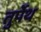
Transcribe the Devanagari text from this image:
तुर्पेथ